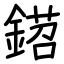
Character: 鍣